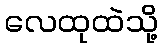
လေထုထဲသို့